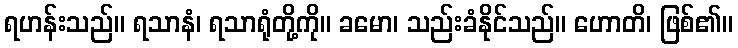
ရဟန်းသည်။ ရသာနံ၊ ရသာရုံတို့ကို။ ခမော၊ သည်းခံနိုင်သည်။ ဟောတိ၊ ဖြစ်၏။